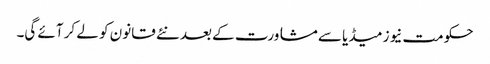
حکومت نیوز میڈیا سے مشاورت کے بعد نئے قانون کو لے کر آئے گی۔